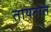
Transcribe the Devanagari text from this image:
तायनात